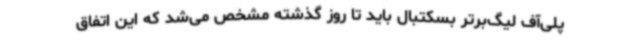
پلی‌آف لیگ‌برتر بسکتبال باید تا روز گذشته مشخص می‌شد که این اتفاق